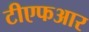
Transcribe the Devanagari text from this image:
टीएफआर